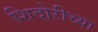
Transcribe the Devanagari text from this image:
शिदोरीच्या